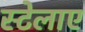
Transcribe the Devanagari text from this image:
स्टेलाए